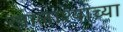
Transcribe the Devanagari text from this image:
खालाश्यांच्या